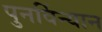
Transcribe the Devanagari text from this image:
पुनर्विन्यान